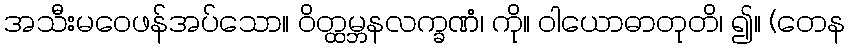
အသီးမဝေဖန်အပ်သော။ ဝိတ္ထမ္ဘနလက္ခဏံ၊ ကို။ ဝါယောဓာတုတိ၊ ၍။ (တေန